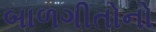
બાળગીતોનો